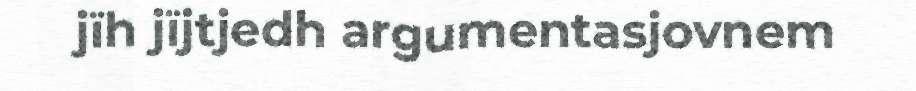
jïh jïjtjedh argumentasjovnem